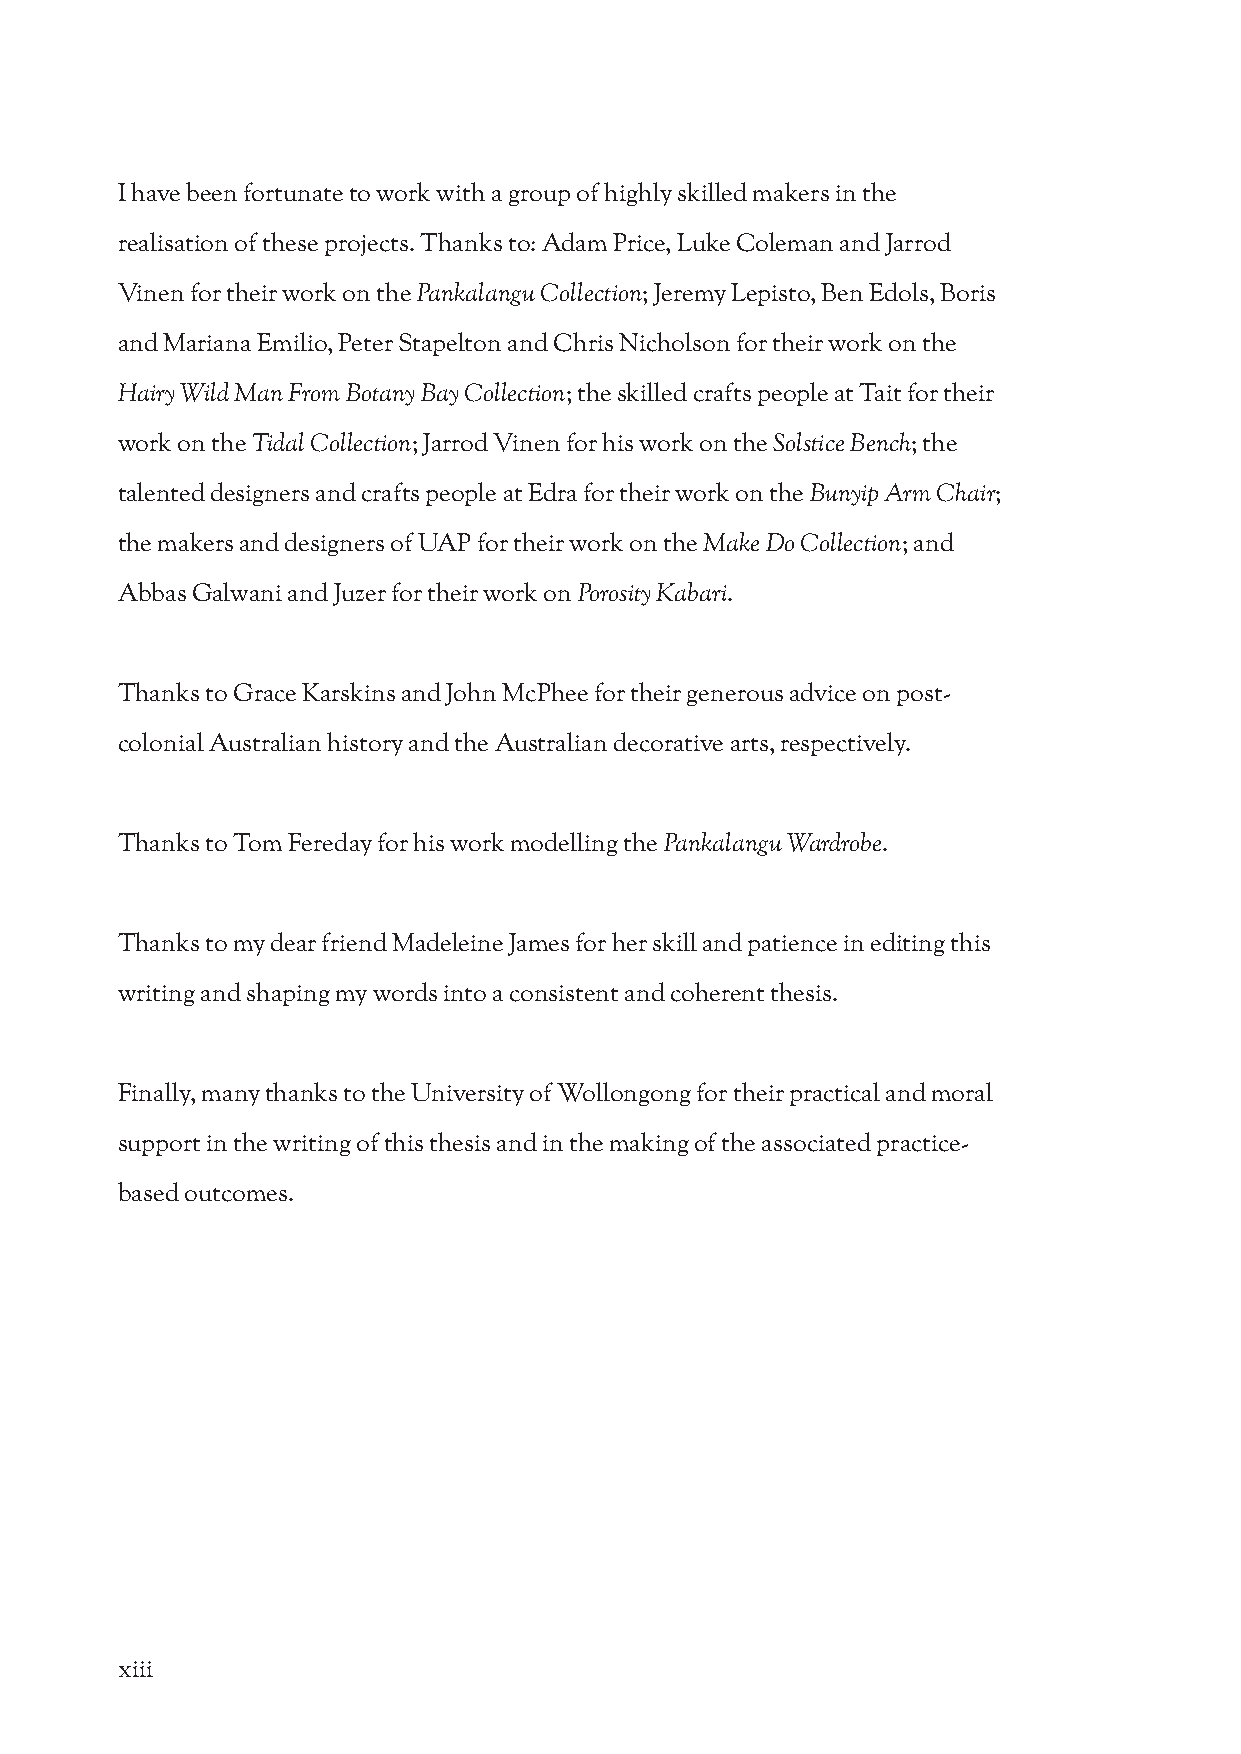
I have been fortunate to work with a group of highly skilled makers in the
 realisation of these projects. Thanks to: Adam Price, Luke Coleman and Jarrod
 Vinen for their work on the Pankalangu Collection; Jeremy Lepisto, Ben Edols, Boris
 and Mariana Emilio, Peter Stapelton and Chris Nicholson for their work on the
 Hairy Wild Man From Botany Bay Collection; the skilled crafts people at Tait for their
 work on the Tidal Collection; Jarrod Vinen for his work on the Solstice Bench; the
 talented designers and crafts people at Edra for their work on the Bunyip Arm Chair;
 the makers and designers of UAP for their work on the Make Do Collection; and
 Abbas Galwani and Juzer for their work on Porosity Kabari.
 Thanks to Grace Karskins and John McPhee for their generous advice on post-
 colonial Australian history and the Australian decorative arts, respectively.
 Thanks to Tom Fereday for his work modelling the Pankalangu Wardrobe.
 Thanks to my dear friend Madeleine James for her skill and patience in editing this
 writing and shaping my words into a consistent and coherent thesis.
 Finally, many thanks to the University of Wollongong for their practical and moral
 support in the writing of this thesis and in the making of the associated practice-
 based outcomes.
 xiii